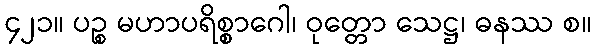
၄၂၁။ ပဉ္စ မဟာပရိစ္စာဂေါ၊ ဝုတ္တော သေဋ္ဌ၊ ဓနဿ စ။